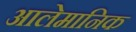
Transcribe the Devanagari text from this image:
आलेमानिक